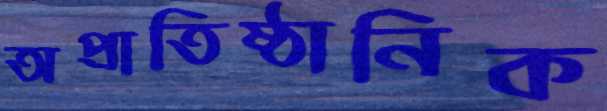
অপ্রাতিষ্ঠানিক